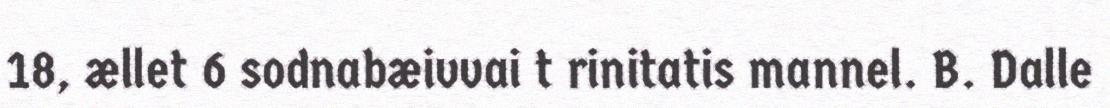
18, ællet 6 sodnabæivvai t rinitatis mannel. B. Dalle